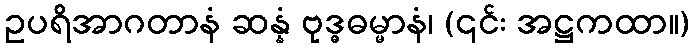
ဥပရိအာဂတာနံ ဆန္နံ ဗုဒ္ဓဓမ္မာနံ၊ (၎င်း အဋ္ဌကထာ။)